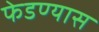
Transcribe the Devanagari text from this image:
फेडण्यास